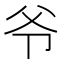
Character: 爷